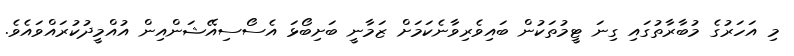
މި އަހަރުގެ މުބާރާތުގައި ގިނަ ޓީމުތަކުން ބައިވެރިވާނެކަމަށް ޒަމާނީ ބަށިބޯޅަ އެސޯސިއޭޝަންއިން އުއްމީދުކުރައްވައެވެ.